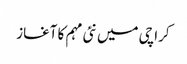
کراچی میں نئی مہم کا آغاز